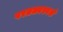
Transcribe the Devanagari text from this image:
परतत्त्वस्पर्श